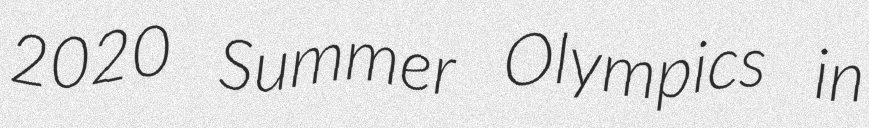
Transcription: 2020 Summer Olympics in